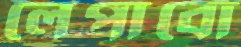
লেপাবো